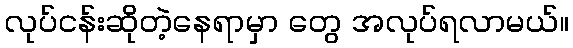
လုပ်ငန်းဆိုတဲ့နေရာမှာ တွေ အလုပ်ရလာမယ်။